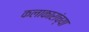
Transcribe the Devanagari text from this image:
कलाकारांच्‍या